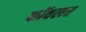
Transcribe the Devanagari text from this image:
फॉवलर